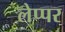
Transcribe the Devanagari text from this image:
लेप्पर